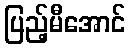
ပြည့်မီအောင်